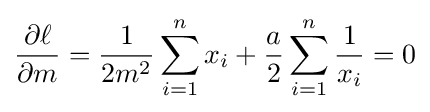
{\frac {\partial \ell }{\partial m}}={\frac {1}{2m^{2}}}\sum _{i=1}^{n}x_{i}+{\frac {a}{2}}\sum _{i=1}^{n}{\frac {1}{x_{i}}}=0